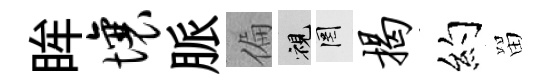
眸壤脈偏視罔揭约㽞